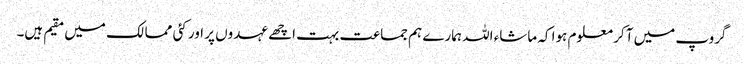
گروپ میں آ کر معلوم ہوا کہ ماشاء اللہ ہمارے ہم جماعت بہت اچھے عہدوں پر اور کئی ممالک میں مقیم ہیں۔